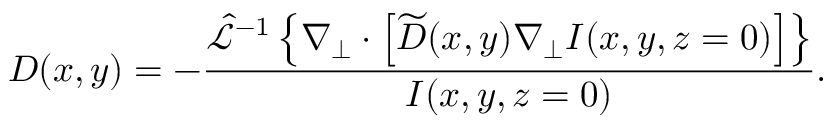
D ( x , y ) = - \frac { \hat { \mathcal { L } } ^ { - 1 } \left\{ \nabla _ { \perp } \cdot \left[ \widetilde { D } ( x , y ) \nabla _ { \perp } I ( x , y , z = 0 ) \right] \right\} } { I ( x , y , z = 0 ) } .